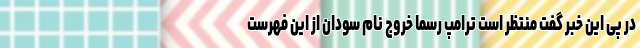
در پی این خبر گفت منتظر است ترامپ رسماً خروج نام سودان از این فهرست